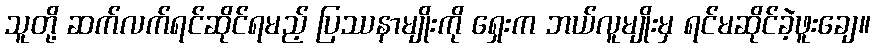
သူတို့ ဆက်လက်ရင်ဆိုင်ရမည့် ပြဿနာမျိုးကို ရှေးက ဘယ်လူမျိုးမှ ရင်မဆိုင်ခဲ့ဖူးချေ။